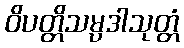
ဝိပတ္တိသမ္ပဒါသုတ္တံ